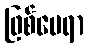
ဖြစ်ပေရာ